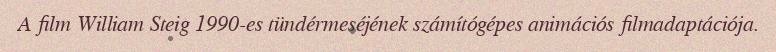
A film William Steig 1990-es tündérmeséjének számítógépes animációs filmadaptációja.